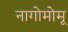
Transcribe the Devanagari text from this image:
नागोमोमू